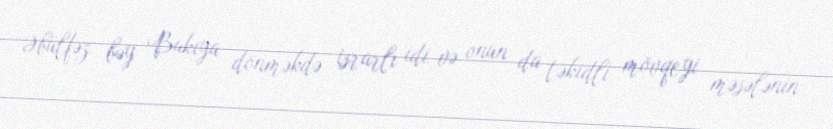
Əbülfəz bəy Bakıya dönməkdə israrlı idi və onun da təkidli mövqeyi məsələnin